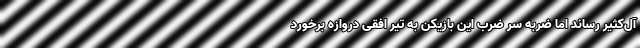
آل‌کثیر رساند اما ضربه سر ضرب این بازیکن به تیر افقی دروازه برخورد